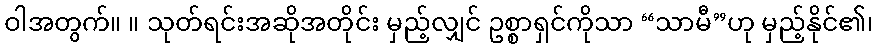
ဝါအတွက်။ ။ သုတ်ရင်းအဆိုအတိုင်း မှည့်လျှင် ဥစ္စာရှင်ကိုသာ “သာမီ”ဟု မှည့်နိုင်၏၊